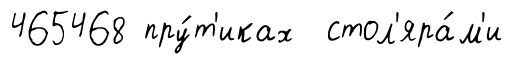
465468 пру́т'иках стол'яра́м'и